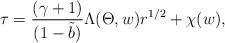
LaTeX: \begin{align*}\tau=\frac{(\gamma+1)}{(1-\tilde{b})}\Lambda(\Theta, w)r^{1/2}+\chi(w),\end{align*}